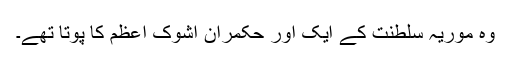
وہ موریہ سلطنت کے ایک اور حکمران اشوک اعظم کا پوتا تھے۔